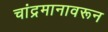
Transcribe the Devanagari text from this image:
चांद्रमानावरून